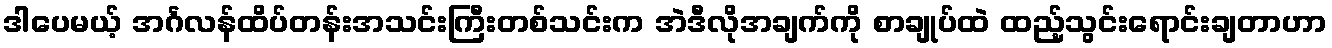
ဒါပေမယ့် အင်္ဂလန်ထိပ်တန်းအသင်းကြီးတစ်သင်းက အဲဒီလိုအချက်ကို စာချုပ်ထဲ ထည့်သွင်းရောင်းချတာဟာ